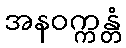
အနဝက္ကန္တံ